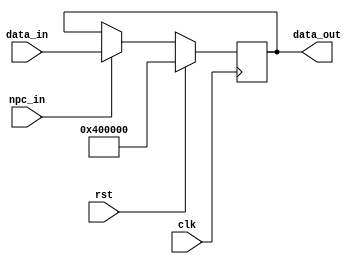
`timescale 1ns / 1ps
module npc (
    input clk,
    input [31:0] data_in,
    input npc_in, //signal for write
    input rst,
    output [31:0] data_out
);

reg [31:0] next_instr_addr;
always @(negedge clk) 
begin
    if(rst)
        next_instr_addr<=32'h00400000;
    else if(npc_in)
        next_instr_addr<=data_in;
    
end

assign data_out=next_instr_addr;


endmodule //npc